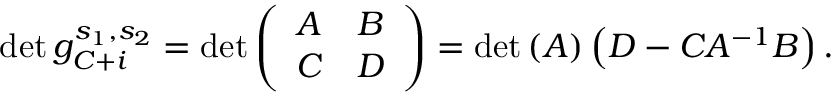
\operatorname* { d e t } g _ { C + i } ^ { s _ { 1 } , s _ { 2 } } = \operatorname* { d e t } \left( \begin{array} { l l } { A } & { B } \\ { C } & { D } \end{array} \right) = \operatorname* { d e t } \left( A \right) \left( D - C A ^ { - 1 } B \right) .